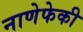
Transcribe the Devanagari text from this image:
नाणेफेकी